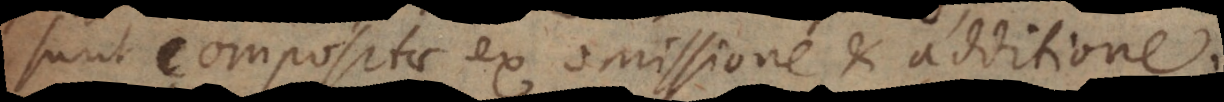
sunt compositae ex omissione et additione.